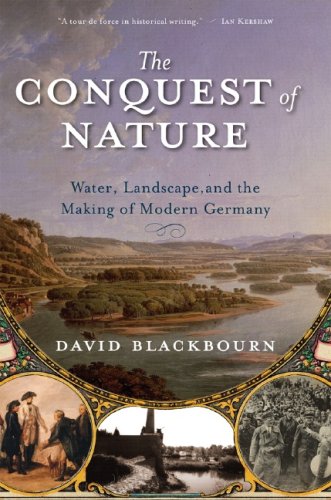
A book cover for The Conquest of Nature: Water, Landscape, and the Making of Modern Germany; David Blackbourn; History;